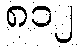
၈၁၂